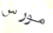
مورس